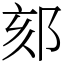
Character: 郂